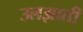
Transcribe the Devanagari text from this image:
उलझाती